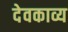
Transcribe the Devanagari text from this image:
देवकाव्य